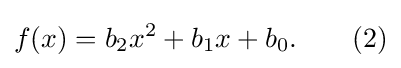
f(x)=b_{2}x^{2}+b_{1}x+b_{0}.\qquad (2)